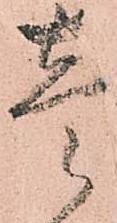
壱